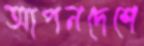
আপনদেশে